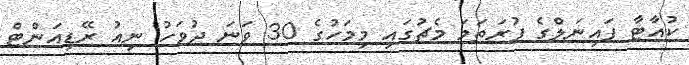
ކުއާޓާ ފައިނަލްގެ ފުރަތަމަ މެޗުގައި މިމަހުގެ 30 ވަނަ ދުވަހު ނިއު ރޭޑިއަންޓް